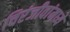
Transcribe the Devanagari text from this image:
चिरंजीवांमध्ये